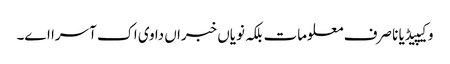
وکیپیڈیا نا صرف معلومات بلکہ نویاں خبراں دا وی اک آسرا اے۔